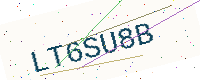
Text: LT6SU8B